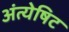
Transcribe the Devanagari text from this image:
अंत्येषिट